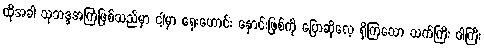
ထိုအခါ သုဘဒ္ဒအကြံဖြစ်သည်မှာ ငါ့မှာ ရှေးဟောင်း နှောင်းဖြစ်ကို ပြောဆိုလေ့ ရှိကြသော သက်ကြီး ဝါကြီး